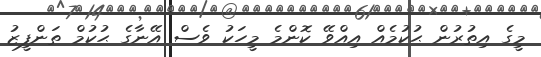
މީގެ އިތުރުން ޙުކުމެއް އިއްވޭ ކޮންމެ މީހަކު ވެސް އޭނާގެ ޙުކުމް ތަންފީޒު